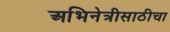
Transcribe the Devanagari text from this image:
अभिनेत्रीसाठीचा